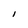
Character: I